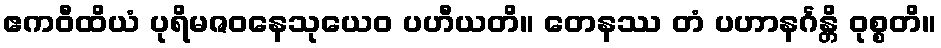
ဧကဝီထိယံ ပုရိမဇဝနေသုယေဝ ပဟီယတိ။ တေနဿ တံ ပဟာနင်္ဂန္တိ ဝုစ္စတိ။